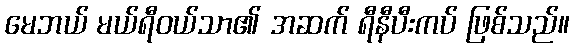
မေဘယ် မယ်ရီဝယ်သာ၏ အဆက် ရီနီပီးကပ် ဖြစ်သည်။